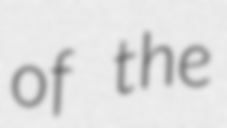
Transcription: of the